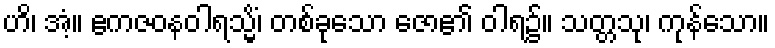
ဟိ၊ အံ့။ ဧကဇဝနဝါရသ္မိံ၊ တစ်ခုသော ဇော၏ ဝါရ၌။ သတ္တသု၊ ကုန်သော။